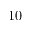
1 0